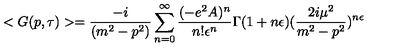
< G ( p , \tau ) > = \frac { - i } { ( m ^ { 2 } - p ^ { 2 } ) } \sum _ { n = 0 } ^ { \infty } \frac { ( - e ^ { 2 } A ) ^ { n } } { n ! \epsilon ^ { n } } \Gamma ( 1 + n \epsilon ) ( \frac { 2 i \mu ^ { 2 } } { m ^ { 2 } - p ^ { 2 } } ) ^ { n \epsilon }